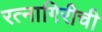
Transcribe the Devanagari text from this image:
रत्‍नागिरीची